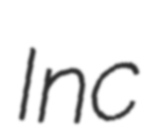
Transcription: Inc